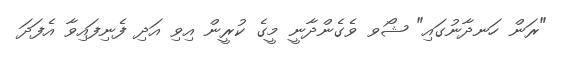
"ރަން ހަނދާނުގައި" ޝޯވ ވެގެންދާނީ މީގެ ކުރީން އިވި އަދި ފެނިފައިވާ އެފަދަ